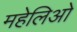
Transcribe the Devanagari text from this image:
महेलिओ